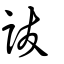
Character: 詙